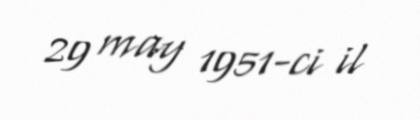
29 may 1951-ci il